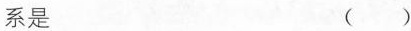
关系是 ( )